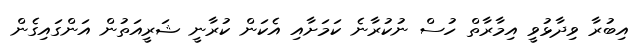
އިބުރާ ވިދާޅުވީ އިމާރާތް ހުސް ނުކުރާނެ ކަމަށާއި އެކަން ކުރާނީ ޝަރީއަތުން އަންގައިގެން